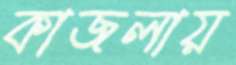
কাজলায়